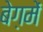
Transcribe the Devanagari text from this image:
बेग़में